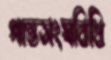
পান্তসংঘবিধি